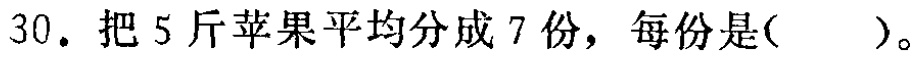
30. 把5斤苹果平均分成7份，每份是( )。